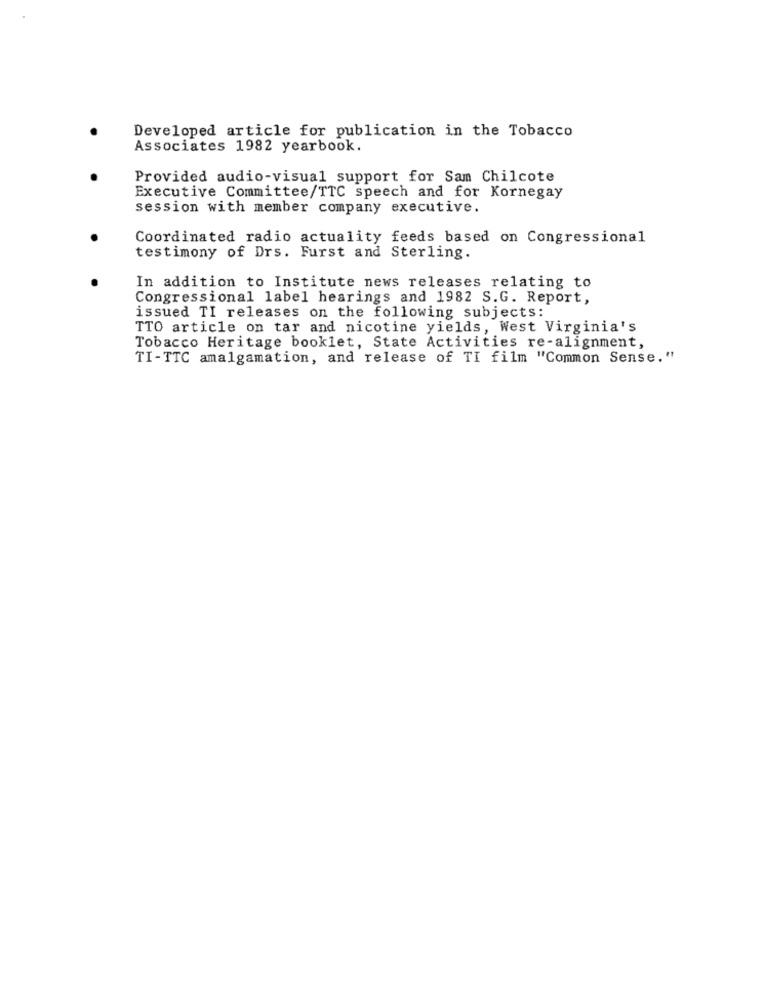
Developed article for publication in the Tobacco
Associates 1982 yearbook.
Provided audio-visual support for Sam Chilcote
Executive Committee/TTC speech and for Kornegay
session with member company executive.
Coordinated radio actuality feeds based on Congressional
testimony of Drs. Furst and Sterling.
In addition to Institute news releases relating to
Congressional label hearings and 1982 S.G. Report,
issued TI releases on the following subjects:
TTO article on tar and nicotine yields, West Virginia's
Tobacco Heritage booklet, State Activities re-alignment,
TI-TTC amalgamation, and release of TI film "Common Sense."